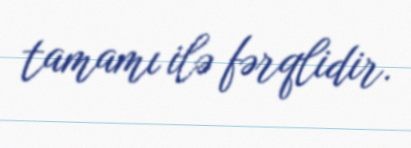
tamamı ilə fərqlidir.